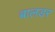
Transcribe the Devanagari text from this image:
बालडर